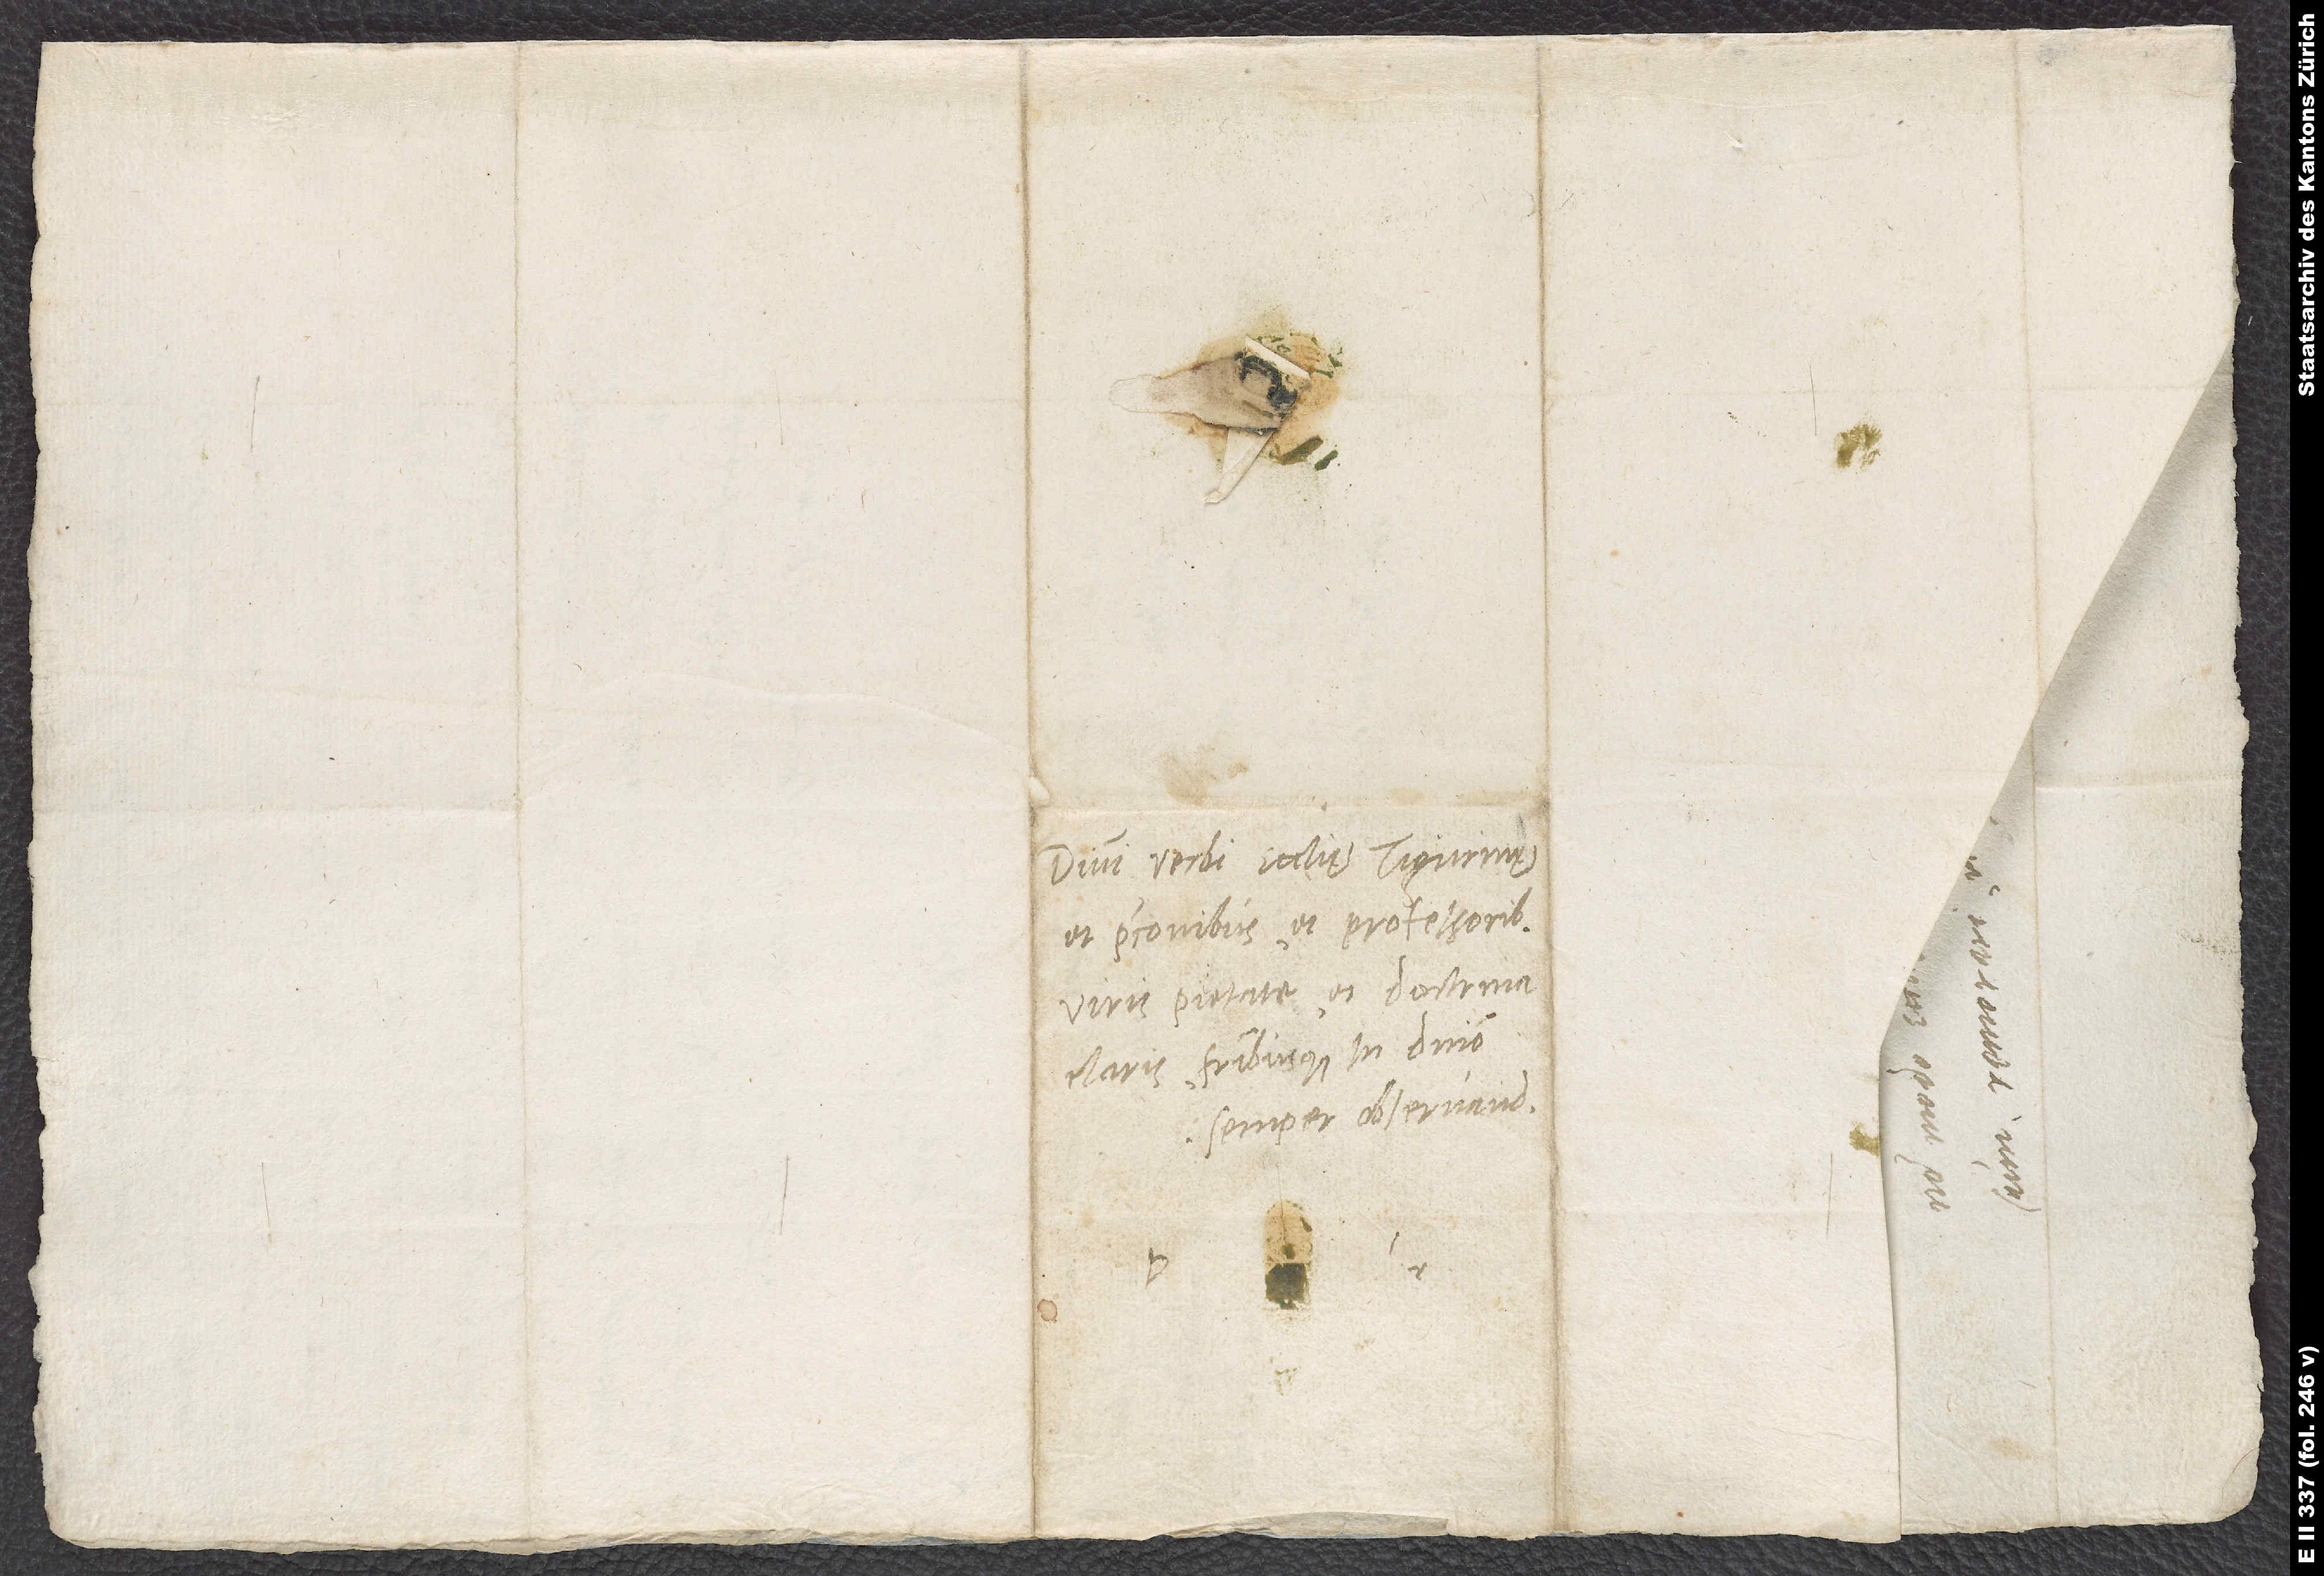
Divini verbi ecclesię Tigurinę
et praeconibus et professoribus,
viris pietate et doctrina
claris fratribusque in domino
semper observandis.